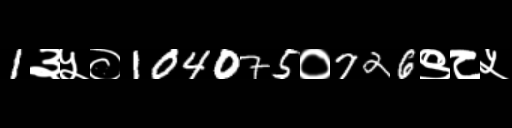
Text: 1३५०104075०726९८५